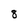
Character: 3